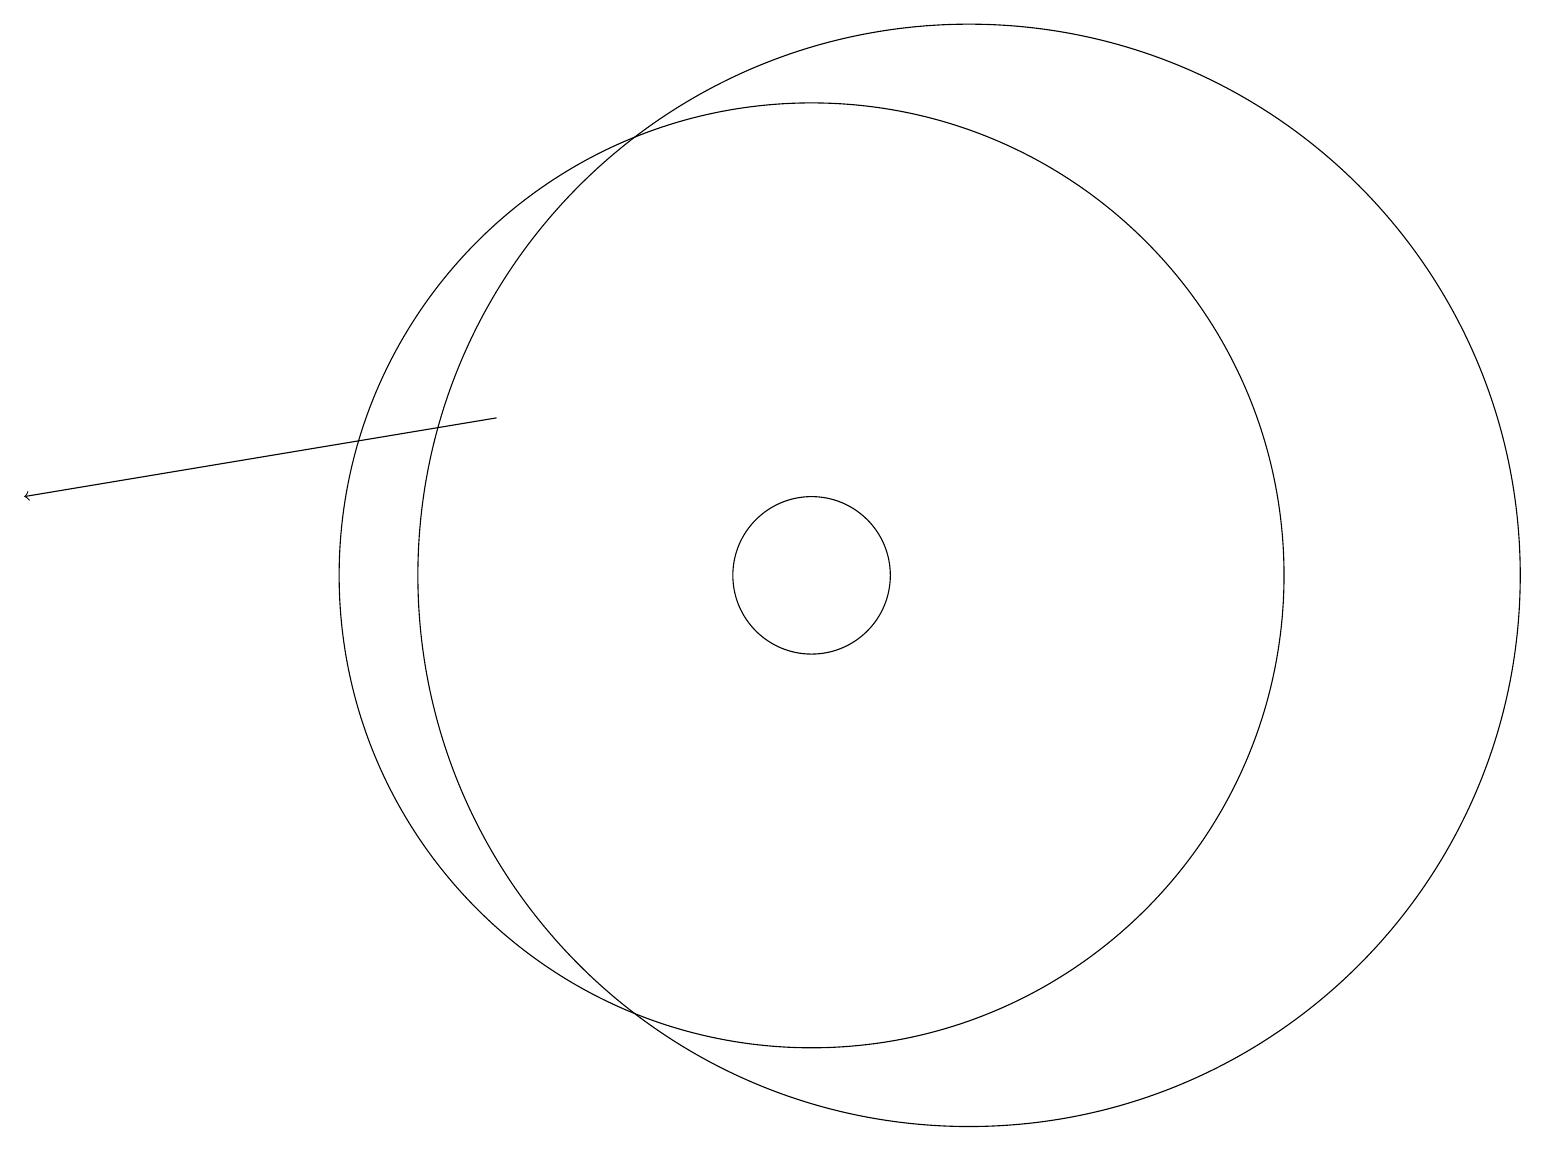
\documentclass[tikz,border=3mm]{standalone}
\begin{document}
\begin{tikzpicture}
\draw (10,10) circle (1);
\draw[->] (6,12) -- (0,11);
\draw (12,10) circle (7);
\draw (10,10) circle (6);
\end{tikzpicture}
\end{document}